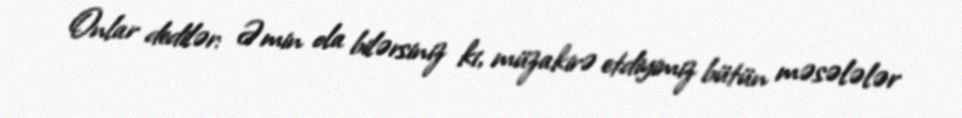
Onlar dedilər: Əmin ola bilərsiniz ki, müzakirə etdiyimiz bütün məsələlər